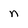
Character: n